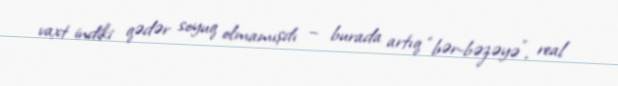
vaxt indiki qədər soyuq olmamışdı – burada artıq “bər-bəzəyə”, real